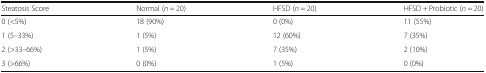
| Steatosis Score | Normal (n = 20) | HFSD (n = 20) | HFSD + Probiotic (n = 20) |
 | --- | --- | --- | --- |
 | 0 (<5%) | 18 (90%) | 0 (0%) | 11 (55%) |
 | 1 (5–33%) | 1 (5%) | 12 (60%) | 7 (35%) |
 | 2 (>33–66%) | 1 (5%) | 7 (35%) | 2 (10%) |
 | 3 (>66%) | 0 (0%) | 1 (5%) | 0 (0%) |